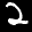
Label: 2